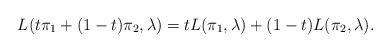
LaTeX: \begin{align*}L(t\pi_1+(1-t)\pi_2,\lambda)=tL(\pi_1,\lambda)+(1-t)L(\pi_2,\lambda).\end{align*}